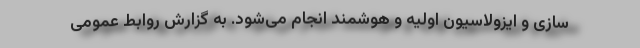
سازی و ایزولاسیون اولیه و هوشمند انجام می‌شود. به گزارش روابط عمومی